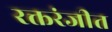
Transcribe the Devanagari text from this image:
रक्तरंजीत